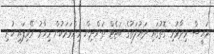
ރައީސް ވިދާޅުވި ގޮތުގައި ދައުލަތުގެ ބަޖެޓް ތަންދިން މިންވަރަކުން މިހާރު ރޭވިފައި ހުރި